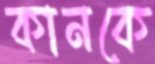
কানকে